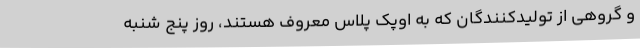
و گروهی از تولیدکنندگان که به اوپک پلاس معروف هستند، روز پنج شنبه